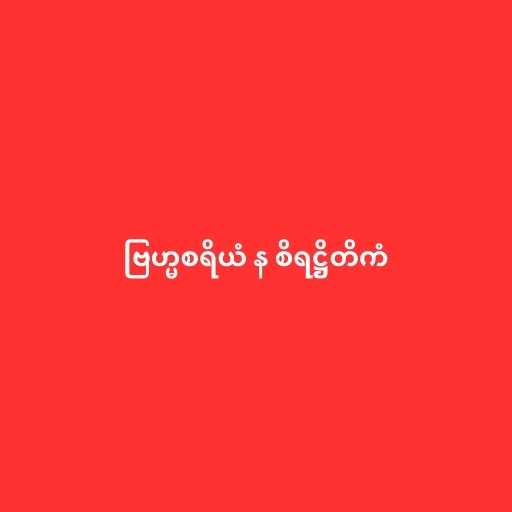
ဗြဟ္မစရိယံ န စိရဋ္ဌိတိကံ